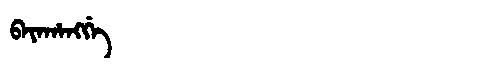
Manchu: ᠪᠠᠶᠠᡥᠠᠩᡤᡝ
Romanization: BAYAHANGGE